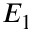
E _ { 1 }